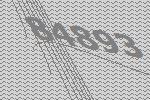
84893